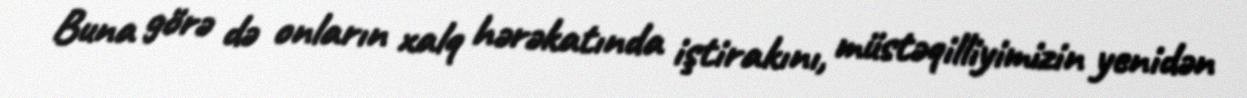
Buna görə də onların xalq hərəkatında iştirakını, müstəqilliyimizin yenidən